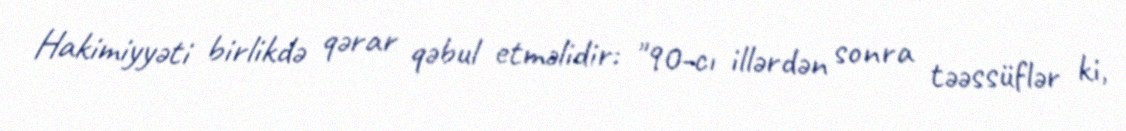
Hakimiyyəti birlikdə qərar qəbul etməlidir: "90-cı illərdən sonra təəssüflər ki,